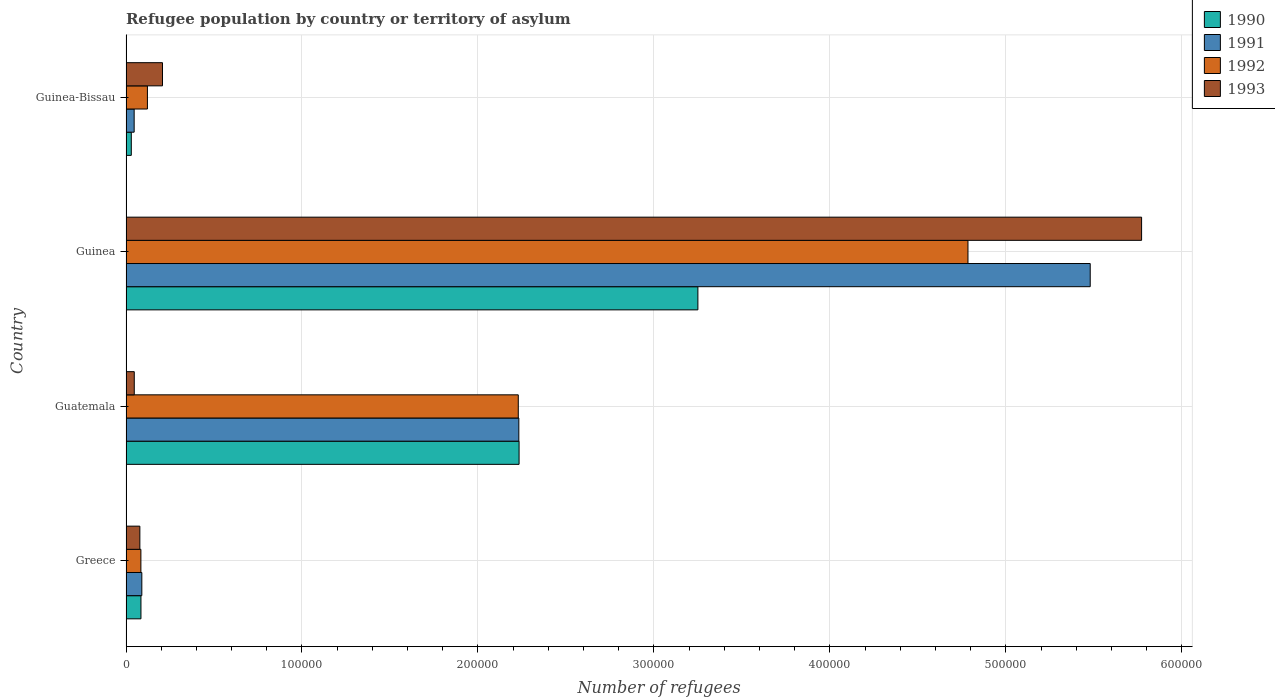
| Country | 1990 | 1991 | 1992 | 1993 |
 | --- | --- | --- | --- | --- |
 | Greece | 8.49e+03 | 8.99e+03 | 8.46e+03 | 7.87e+03 |
 | Guatemala | 2.23e+05 | 2.23e+05 | 2.23e+05 | 4.69e+03 |
 | Guinea | 3.25e+05 | 5.48e+05 | 4.78e+05 | 5.77e+05 |
 | Guinea-Bissau | 3e+03 | 4.63e+03 | 1.22e+04 | 2.07e+04 |